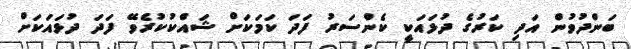
ބަންދުވުން އަދި ކަރުގެ ދުޅައަކީ ކެންސަރު ފަދަ ކަމަކަށް ޝައްކުކުރެވޭ ފަދަ ދުޅައަކަށް